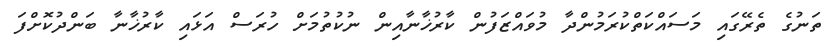
ތަނުގެ ތެރޭގައި މަސައްކަތްކުރަމުންދާ މުވައްޒަފުން ކާރުޚާނާއިން ނުކުތުމަށް ހުރަސް އަޅައި ކާރުޚާނާ ބަންދުކޮށްފަ